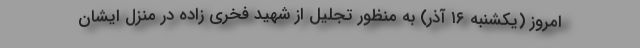
امروز (یکشنبه ١۶ آذر) به منظور تجلیل از شهید فخری زاده در منزل ایشان